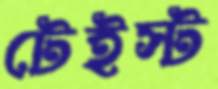
টেইস্ট